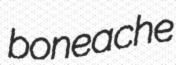
boneache